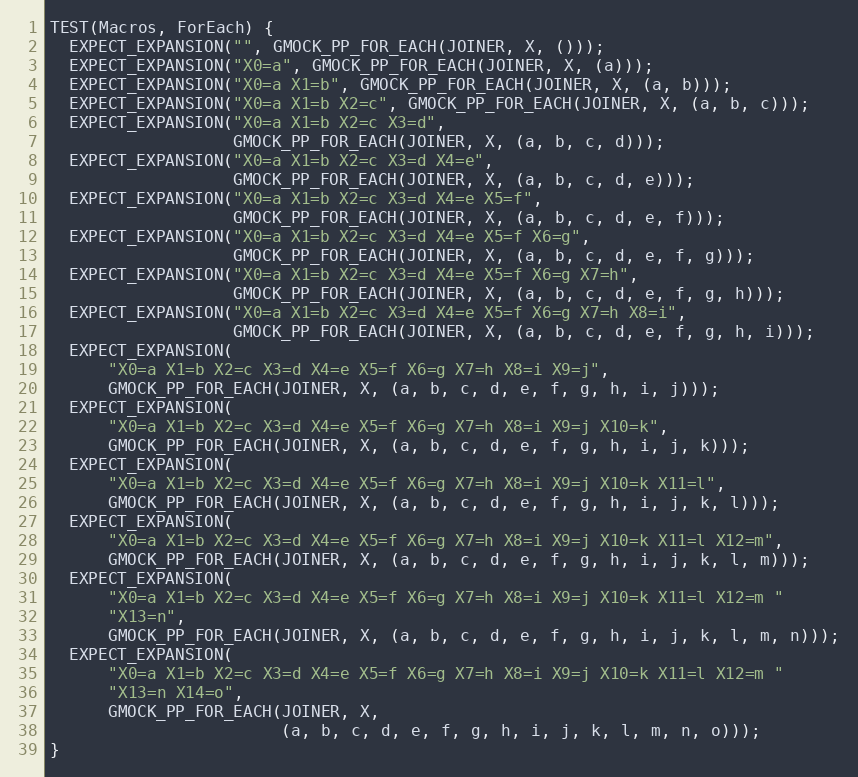
Language: C++
TEST(Macros, ForEach) {
  EXPECT_EXPANSION("", GMOCK_PP_FOR_EACH(JOINER, X, ()));
  EXPECT_EXPANSION("X0=a", GMOCK_PP_FOR_EACH(JOINER, X, (a)));
  EXPECT_EXPANSION("X0=a X1=b", GMOCK_PP_FOR_EACH(JOINER, X, (a, b)));
  EXPECT_EXPANSION("X0=a X1=b X2=c", GMOCK_PP_FOR_EACH(JOINER, X, (a, b, c)));
  EXPECT_EXPANSION("X0=a X1=b X2=c X3=d",
                   GMOCK_PP_FOR_EACH(JOINER, X, (a, b, c, d)));
  EXPECT_EXPANSION("X0=a X1=b X2=c X3=d X4=e",
                   GMOCK_PP_FOR_EACH(JOINER, X, (a, b, c, d, e)));
  EXPECT_EXPANSION("X0=a X1=b X2=c X3=d X4=e X5=f",
                   GMOCK_PP_FOR_EACH(JOINER, X, (a, b, c, d, e, f)));
  EXPECT_EXPANSION("X0=a X1=b X2=c X3=d X4=e X5=f X6=g",
                   GMOCK_PP_FOR_EACH(JOINER, X, (a, b, c, d, e, f, g)));
  EXPECT_EXPANSION("X0=a X1=b X2=c X3=d X4=e X5=f X6=g X7=h",
                   GMOCK_PP_FOR_EACH(JOINER, X, (a, b, c, d, e, f, g, h)));
  EXPECT_EXPANSION("X0=a X1=b X2=c X3=d X4=e X5=f X6=g X7=h X8=i",
                   GMOCK_PP_FOR_EACH(JOINER, X, (a, b, c, d, e, f, g, h, i)));
  EXPECT_EXPANSION(
      "X0=a X1=b X2=c X3=d X4=e X5=f X6=g X7=h X8=i X9=j",
      GMOCK_PP_FOR_EACH(JOINER, X, (a, b, c, d, e, f, g, h, i, j)));
  EXPECT_EXPANSION(
      "X0=a X1=b X2=c X3=d X4=e X5=f X6=g X7=h X8=i X9=j X10=k",
      GMOCK_PP_FOR_EACH(JOINER, X, (a, b, c, d, e, f, g, h, i, j, k)));
  EXPECT_EXPANSION(
      "X0=a X1=b X2=c X3=d X4=e X5=f X6=g X7=h X8=i X9=j X10=k X11=l",
      GMOCK_PP_FOR_EACH(JOINER, X, (a, b, c, d, e, f, g, h, i, j, k, l)));
  EXPECT_EXPANSION(
      "X0=a X1=b X2=c X3=d X4=e X5=f X6=g X7=h X8=i X9=j X10=k X11=l X12=m",
      GMOCK_PP_FOR_EACH(JOINER, X, (a, b, c, d, e, f, g, h, i, j, k, l, m)));
  EXPECT_EXPANSION(
      "X0=a X1=b X2=c X3=d X4=e X5=f X6=g X7=h X8=i X9=j X10=k X11=l X12=m "
      "X13=n",
      GMOCK_PP_FOR_EACH(JOINER, X, (a, b, c, d, e, f, g, h, i, j, k, l, m, n)));
  EXPECT_EXPANSION(
      "X0=a X1=b X2=c X3=d X4=e X5=f X6=g X7=h X8=i X9=j X10=k X11=l X12=m "
      "X13=n X14=o",
      GMOCK_PP_FOR_EACH(JOINER, X,
                        (a, b, c, d, e, f, g, h, i, j, k, l, m, n, o)));
}